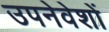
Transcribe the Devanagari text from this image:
उपनेवेशों